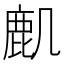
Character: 𪊋